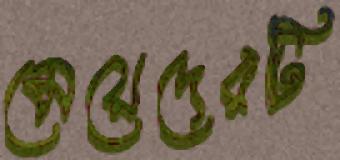
মেয়েদেরটি